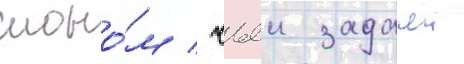
слоно́м / чьеи задачеи